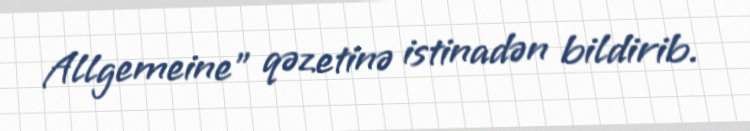
Allgemeine" qəzetinə istinadən bildirib.